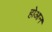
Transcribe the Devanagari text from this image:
होआन